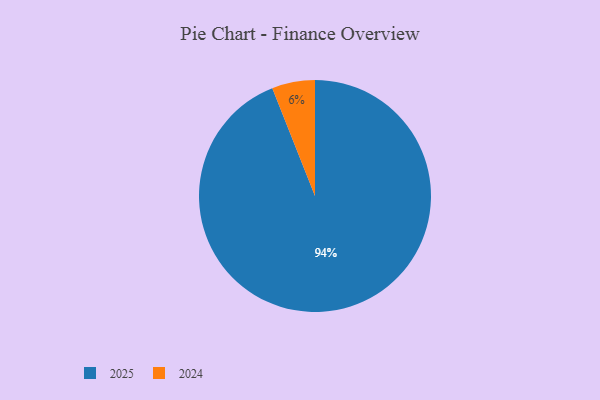
{"axis": {"x": "Category", "y": "Percentage"}, "legend": ["2024", "2025"], "data": [{"x": "2025", "y": 94, "type": "2025"}, {"x": "2024", "y": 6, "type": "2024"}]}